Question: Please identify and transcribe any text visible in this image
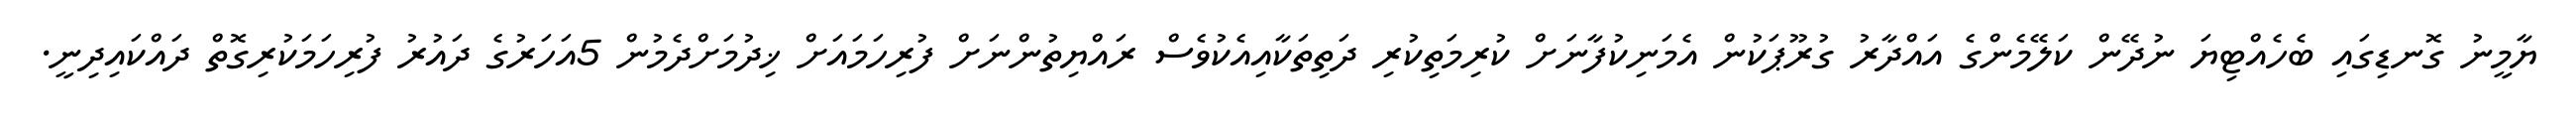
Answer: ޔާމީނު ގޮނޑިގައި ބެހެއްޓިޔަ ނުދޭން ކަލޭމެންގެ އައްދާރު ގުރޫޕަކުން އެމަނިކުފާނަށް ކުރިމަތިކުރި ދަތިތަކާއިއެކުވެސް ރައްޔިތުންނަށް ފުރިހަމައަށް ޚިދުމަށްދެމުން 5އަހަރުގެ ދައުރު ފުރިހަމަކުރިގޮތް ދައްކައިދިނީ.